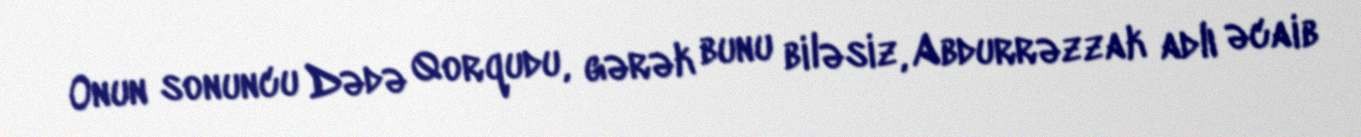
Onun sonuncu Dədə Qorqudu, gərək bunu biləsiz, Abdurrəzzak adlı əcaib